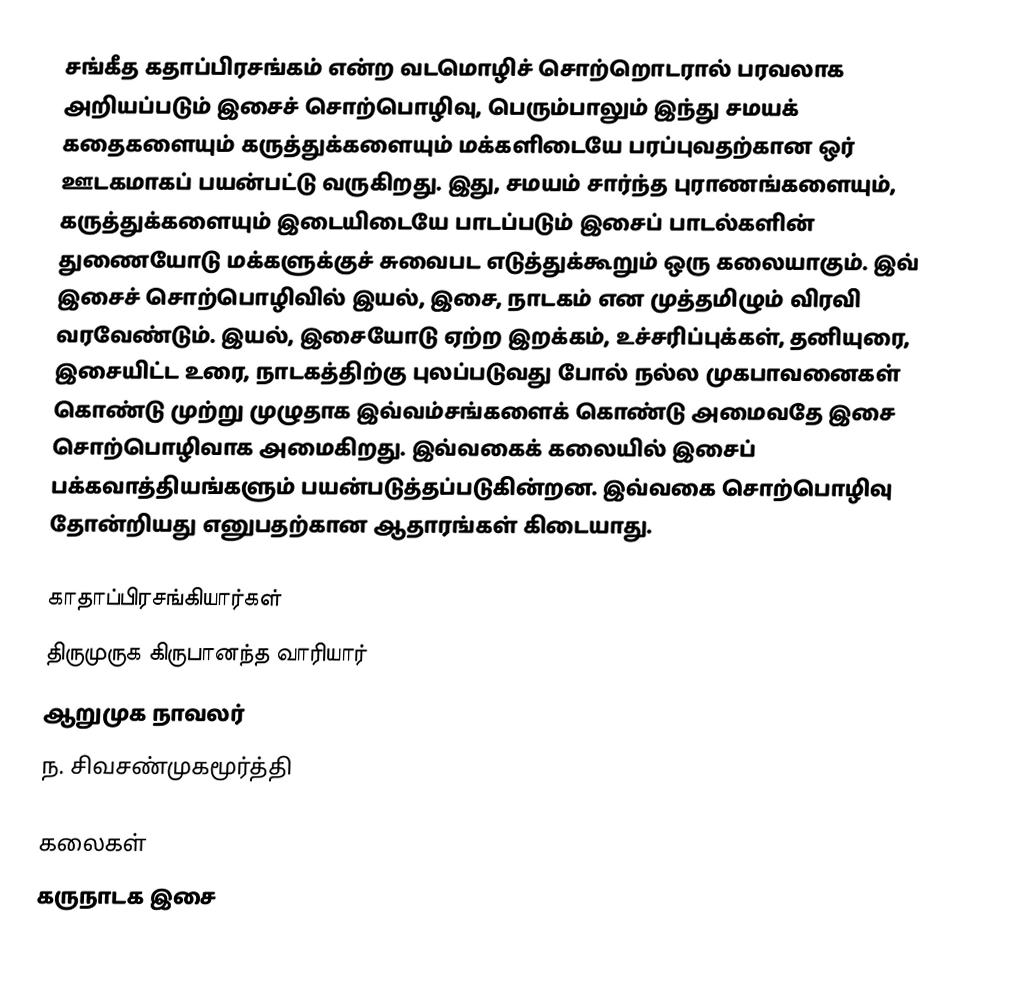
சங்கீத கதாப்பிரசங்கம் என்ற வடமொழிச் சொற்றொடரால் பரவலாக அறியப்படும் இசைச் சொற்பொழிவு, பெரும்பாலும் இந்து சமயக் கதைகளையும் கருத்துக்களையும் மக்களிடையே பரப்புவதற்கான ஒர் ஊடகமாகப் பயன்பட்டு வருகிறது. இது, சமயம் சார்ந்த புராணங்களையும், கருத்துக்களையும் இடையிடையே பாடப்படும் இசைப் பாடல்களின் துணையோடு மக்களுக்குச் சுவைபட எடுத்துக்கூறும் ஒரு கலையாகும். இவ் இசைச் சொற்பொழிவில் இயல், இசை, நாடகம் என முத்தமிழும் விரவி வரவேண்டும். இயல், இசையோடு ஏற்ற இறக்கம், உச்சரிப்புக்கள், தனியுரை, இசையிட்ட உரை, நாடகத்திற்கு புலப்படுவது போல் நல்ல முகபாவனைகள் கொண்டு முற்று முழுதாக இவ்வம்சங்களைக் கொண்டு அமைவதே இசை சொற்பொழிவாக அமைகிறது.  இவ்வகைக் கலையில் இசைப் பக்கவாத்தியங்களும் பயன்படுத்தப்படுகின்றன. இவ்வகை சொற்பொழிவு தோன்றியது எனுபதற்கான ஆதாரங்கள் கிடையாது.

காதாப்பிரசங்கியார்கள்
 திருமுருக கிருபானந்த வாரியார்
 ஆறுமுக நாவலர்
 ந. சிவசண்முகமூர்த்தி

கலைகள்
கருநாடக இசை